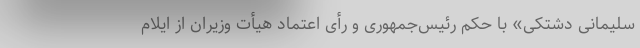
سلیمانی دشتکی» با حکم رئیس‌جمهوری و رأی اعتماد هیأت وزیران از ایلام